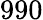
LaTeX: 990